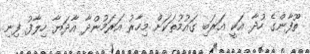
ތޫފާންގެ ހުދާ އަކީ އަރަބި ގައުމުތަކަށް މިހާރު އަރަމުންދާ އާދަޔާ ހިލާފު ފިނި